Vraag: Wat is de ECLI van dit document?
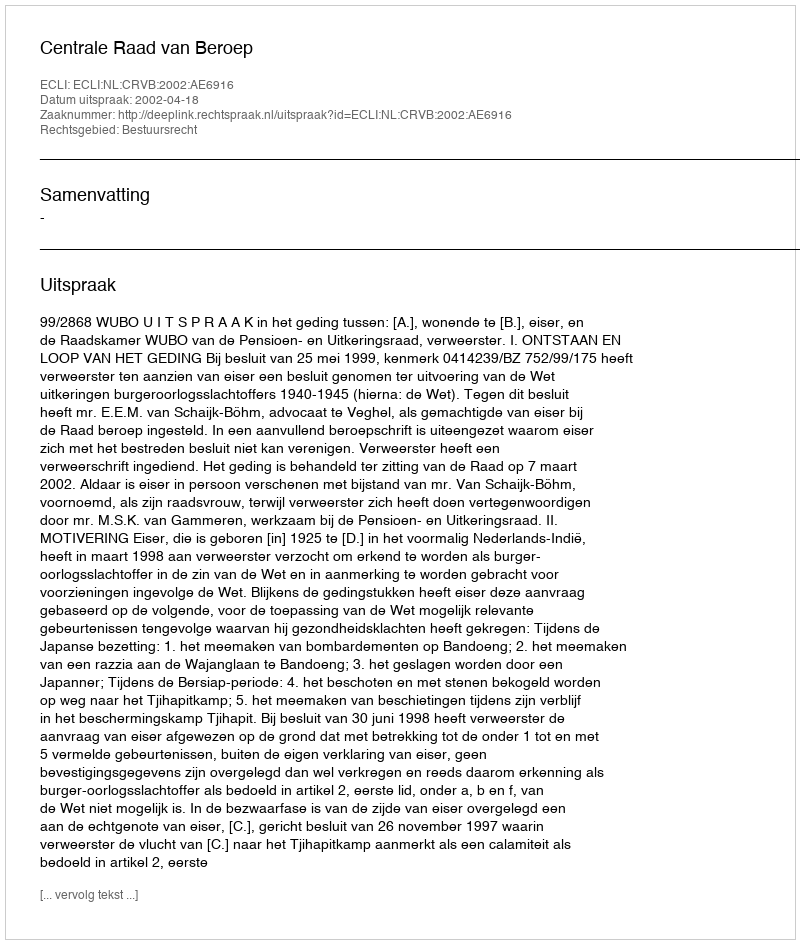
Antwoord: ECLI:NL:CRVB:2002:AE6916